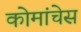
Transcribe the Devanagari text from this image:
कोमांचेस